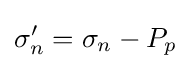
\sigma _{n}'=\sigma _{n}-P_{p}